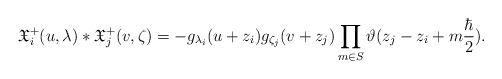
LaTeX: \begin{align*}\mathfrak{X}_i^+(u, \lambda) * \mathfrak{X}_j^+(v, \zeta)=-g_{\lambda_i}(u+z_i) g_{\zeta_j}(v+z_j) \prod_{m\in S} \vartheta(z_{j}-z_i+m\frac{\hbar}{2}).\end{align*}